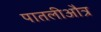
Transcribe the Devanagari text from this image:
पातलीऔत्र